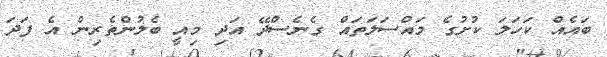
ބައެއް ކަހަލަ ކުށުގެ މައްސަލަތައް ގެނެސްދޭ އަދި މިއީ ބެލުންތެރިން އެ ފަދަ